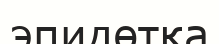
эпидөтқа